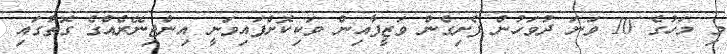
މި މަހުގެ 10 ވަނަ ދުވަހުން ފެށިގެން ވަޒީފާއިން ވަކިކޮށްފައިވަނީ އިންޖިނޭރެއްގެ ގޮތުގައި